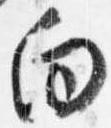
向